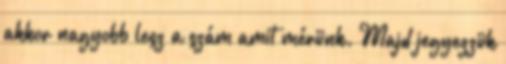
akkor nagyobb lesz a szám amit mérünk. Majd jegyezzük